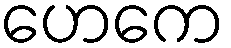
ဟေကေ